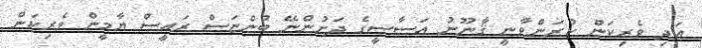
އަދި ވެރިކަން ކުރަންވާނީ ޤާނޫނު އަސާސީގެ ދަށުންނޭ ބުންޏަސް ރައީސް ޔާމީން ވެރިކަން